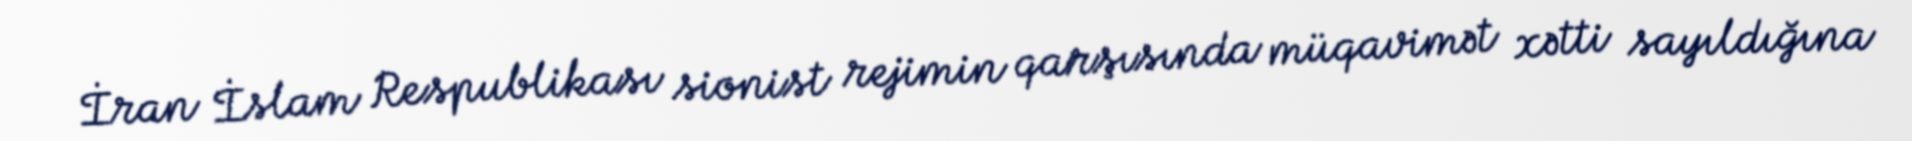
İran İslam Respublikası sionist rejimin qarşısında müqavimət xətti sayıldığına